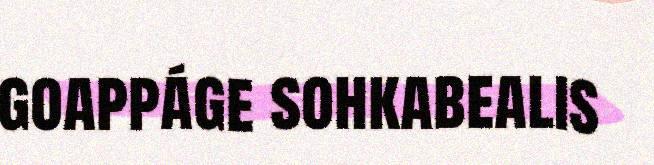
goappáge sohkabealis